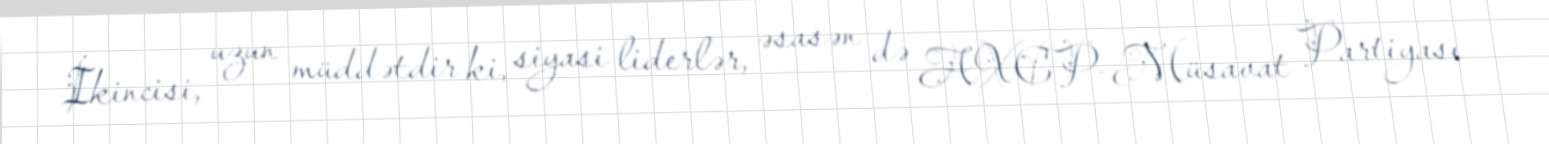
İkincisi, uzun müddətdir ki, siyasi liderlər, əsasən də AXCP-Müsavat Partiyası